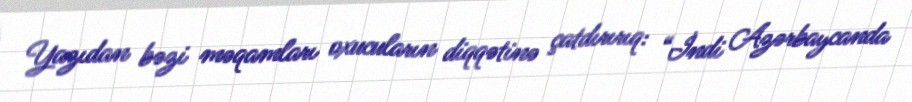
Yazıdan bəzi məqamları oxucuların diqqətinə çatdırırıq: “İndi Azərbaycanda